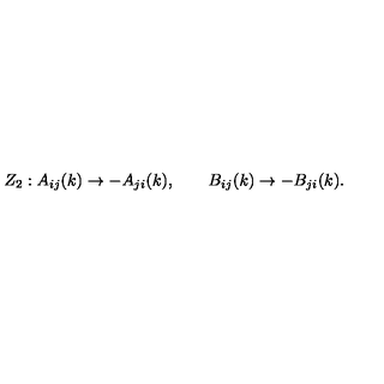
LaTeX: Z _ { 2 } : A _ { i j } ( k ) \rightarrow - A _ { j i } ( k ) , \qquad B _ { i j } ( k ) \rightarrow - B _ { j i } ( k ) .